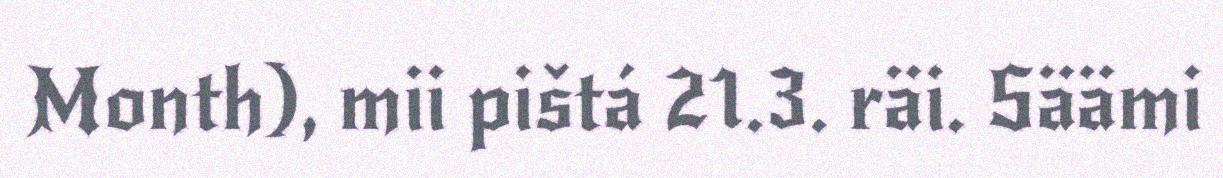
Month), mii pištá 21.3. räi. Säämi